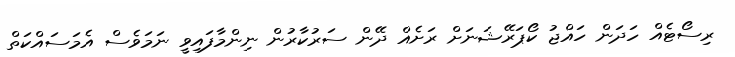
ރިސޯޓެއް ހަދަން ހައްޖު ކޯޕަރޭޝަނަށް ރަށެއް ދޭން ސަރުކާރުން ނިންމާފައިވީ ނަމަވެސް އެމަސައްކަތް